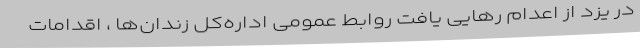
در یزد از اعدام رهایی یافت روابط عمومی اداره‌کل زندان‌ها ، اقدامات